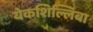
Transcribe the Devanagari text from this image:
येकशिल्लिबा